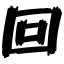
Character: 回